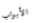
الأبواب